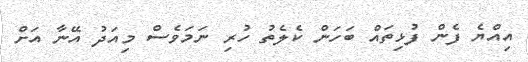
އިއްޔެ ފެން ފުޅިތައް ބަހަން ކެލެތު ހުރި ނަމަވެސް މިއަދު އޭނާ އަށް